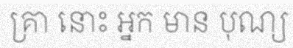
គ្រា នោះ អ្នក មាន បុណ្យ